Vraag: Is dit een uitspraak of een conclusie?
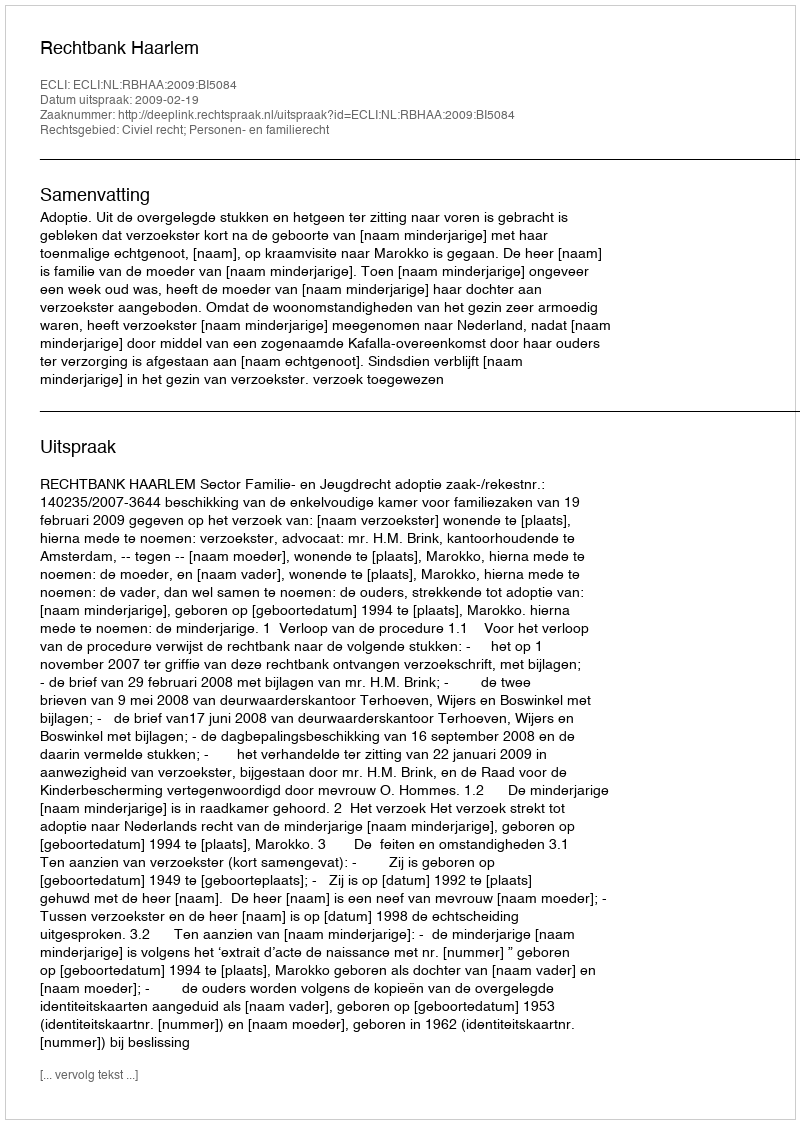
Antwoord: Uitspraak